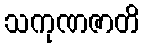
သကုဏဇာတိ